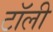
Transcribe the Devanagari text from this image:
टॉली